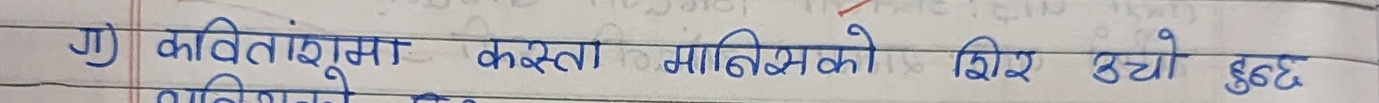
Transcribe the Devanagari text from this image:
ग) कवितासुना कस्ता मानिसको शिर उचो हुन्छ